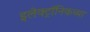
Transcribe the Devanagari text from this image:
इलेक्ट्रॉनिकच्या